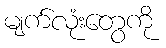
မျက်လုံးတွေကို